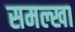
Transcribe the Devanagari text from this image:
समल्खा